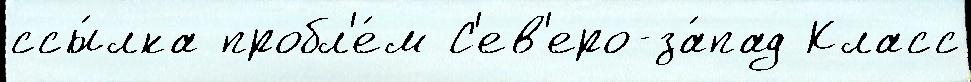
ссы́лка пробл'е́м С'ев'еро-за́пад Класс